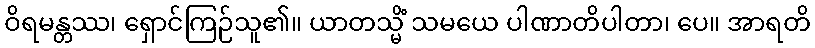
ဝိရမန္တဿ၊ ရှောင်ကြဉ်သူ၏။ ယာတသ္မိံ သမယေ ပါဏာတိပါတာ၊ ပေ။ အာရတိ